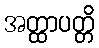
အတ္ထာပတ္တိ